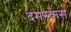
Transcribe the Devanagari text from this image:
दमस्कस